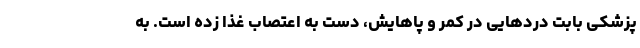
پزشکی بابت درد‌هایی در کمر و پاهایش، دست به اعتصاب غذا زده است. به